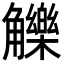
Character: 觻